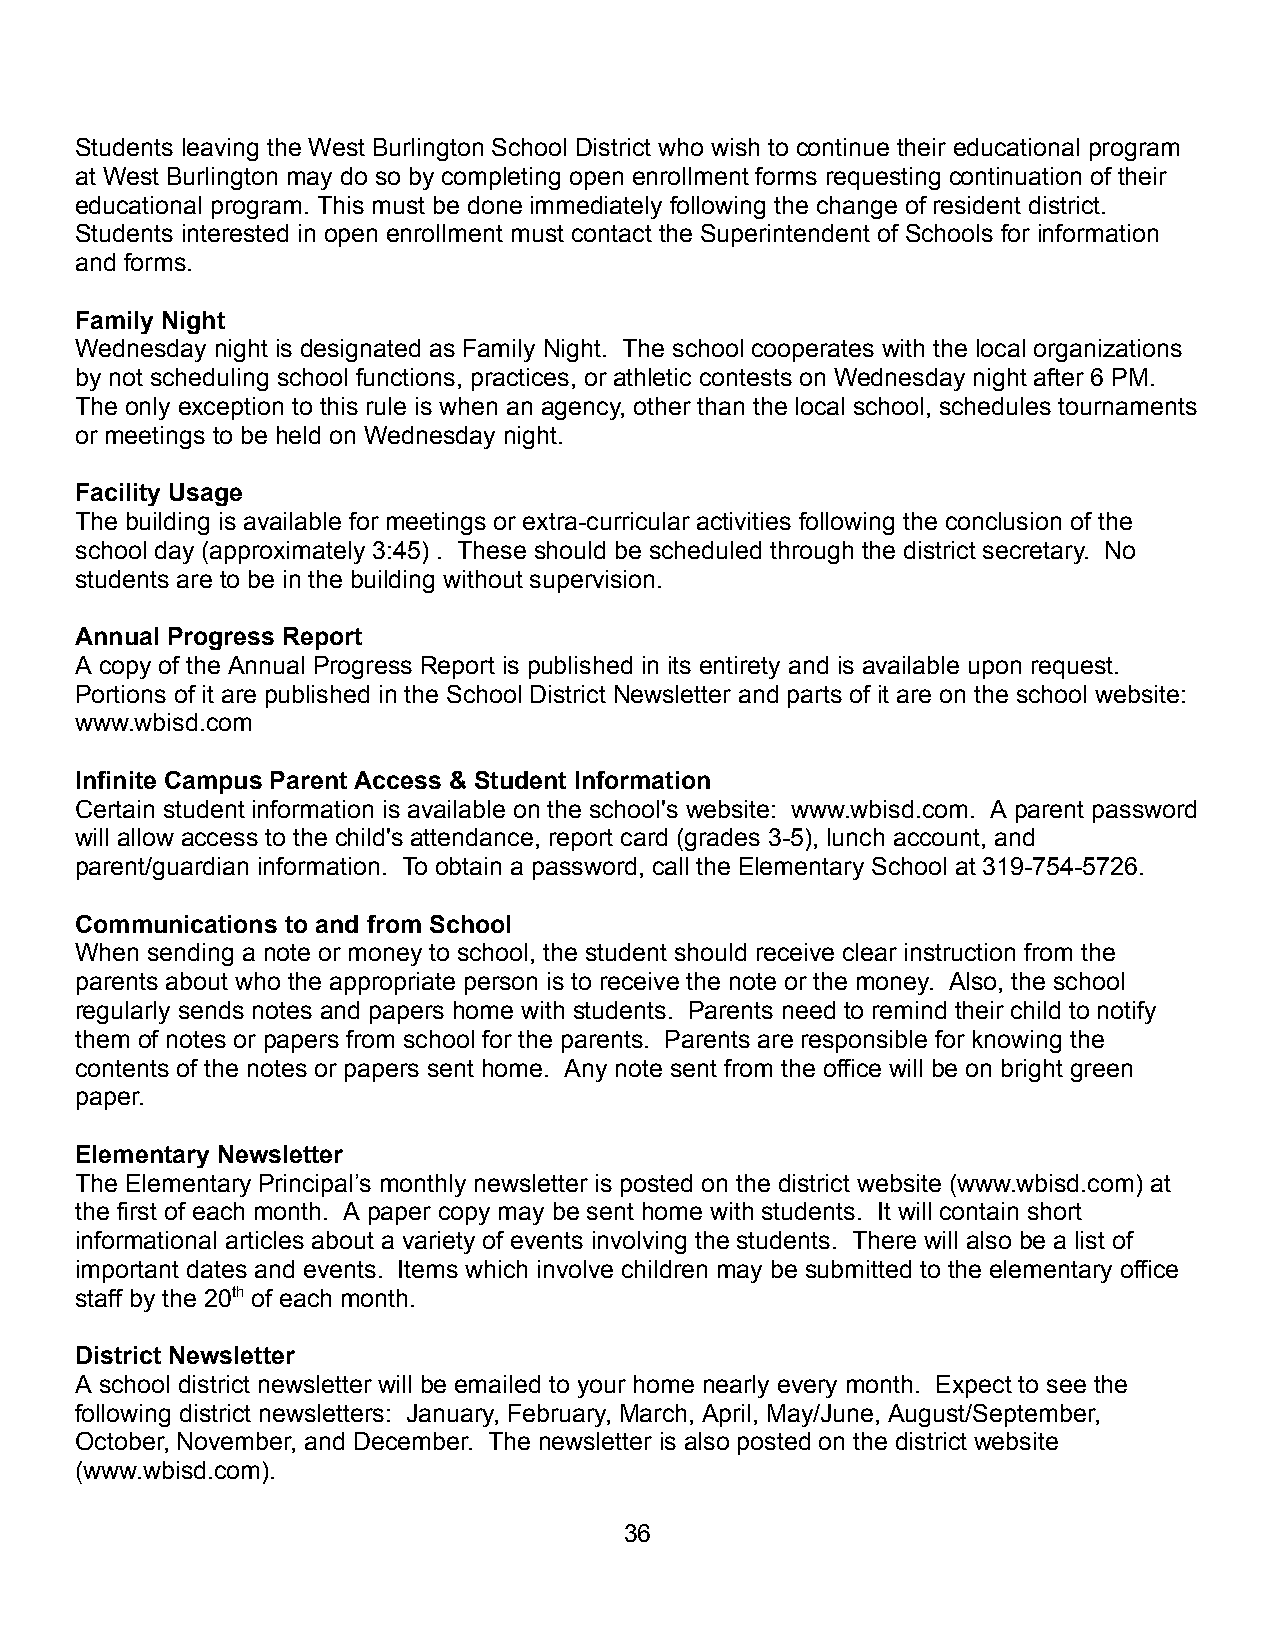
Students leaving the West Burlington School District who wish to continue their educational program
 at West Burlington may do so by completing open enrollment forms requesting continuation of their
 educational program. This must be done immediately following the change of resident district.
 Students interested in open enrollment must contact the Superintendent of Schools for information
 and forms.
 Family Night
 Wednesday night is designated as Family Night. The school cooperates with the local organizations
 by not scheduling school functions, practices, or athletic contests on Wednesday night after 6 PM.
 The only exception to this rule is when an agency, other than the local school, schedules tournaments
 or meetings to be held on Wednesday night.
 Facility Usage
 The building is available for meetings or extra-curricular activities following the conclusion of the
 school day (approximately 3:45) . These should be scheduled through the district secretary. No
 students are to be in the building without supervision.
 Annual Progress Report
 A copy of the Annual Progress Report is published in its entirety and is available upon request.
 Portions of it are published in the School District Newsletter and parts of it are on the school website:
 www.wbisd.com
 Infinite Campus Parent Access & Student Information
 Certain student information is available on the school's website: www.wbisd.com. A parent password
 will allow access to the child's attendance, report card (grades 3-5), lunch account, and
 parent/guardian information. To obtain a password, call the Elementary School at 319-754-5726.
 Communications to and from School
 When sending a note or money to school, the student should receive clear instruction from the
 parents about who the appropriate person is to receive the note or the money. Also, the school
 regularly sends notes and papers home with students. Parents need to remind their child to notify
 them of notes or papers from school for the parents. Parents are responsible for knowing the
 contents of the notes or papers sent home. Any note sent from the office will be on bright green
 paper.
 Elementary Newsletter
 The Elementary Principal’s monthly newsletter is posted on the district website (www.wbisd.com) at
 the first of each month. A paper copy may be sent home with students. It will contain short
 informational articles about a variety of events involving the students. There will also be a list of
 important dates and events. Items which involve children may be submitted to the elementary office
 staff by the 20th of each month.
 District Newsletter
 A school district newsletter will be emailed to your home nearly every month. Expect to see the
 following district newsletters: January, February, March, April, May/June, August/September,
 October, November, and December. The newsletter is also posted on the district website
 (www.wbisd.com).
 36